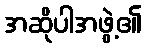
အဆိုပါအဖွဲ့၏